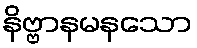
နိဗ္ဗာနမနသော